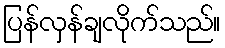
ပြန်လှန်ချလိုက်သည်။